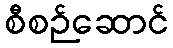
စီစဉ်ဆောင်